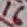
Text: 16